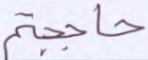
حاججتم